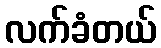
လက်ခံတယ်